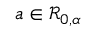
a \in \mathcal { R } _ { 0 , \alpha }